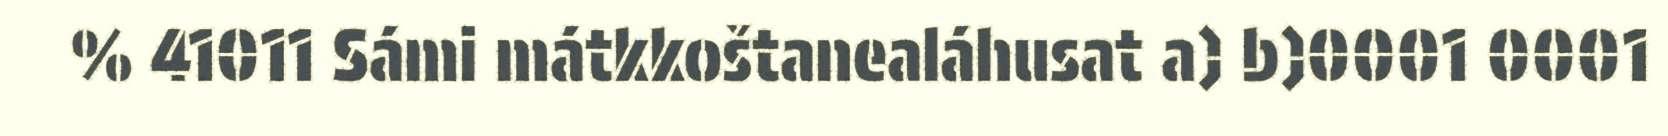
% 41011 Sámi mátkkoštanealáhusat a) b)0001 0001